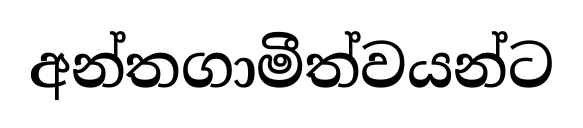
අන්තගාමීත්වයන්ට